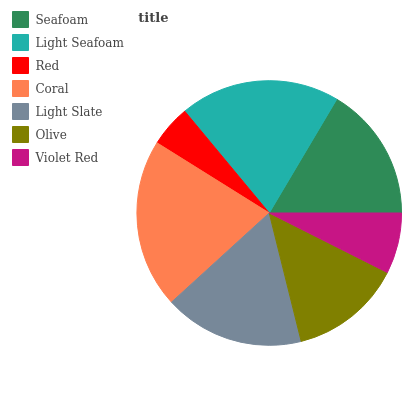
| Seafoam | Light Seafoam | Red | Coral | Light Slate | Olive | Violet Red |
 | --- | --- | --- | --- | --- | --- | --- |
 | 16.5% | 19.6% | 5.07% | 20.7% | 17% | 13.7% | 7.43% |